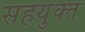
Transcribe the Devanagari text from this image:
सहयुक्त